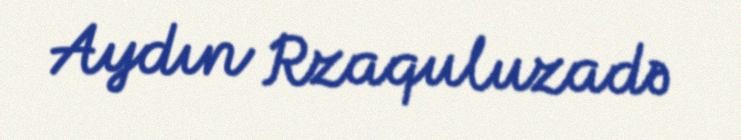
Aydın Rzaquluzadə